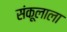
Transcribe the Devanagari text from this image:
संकूलाला